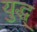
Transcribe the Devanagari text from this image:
युद्ध्